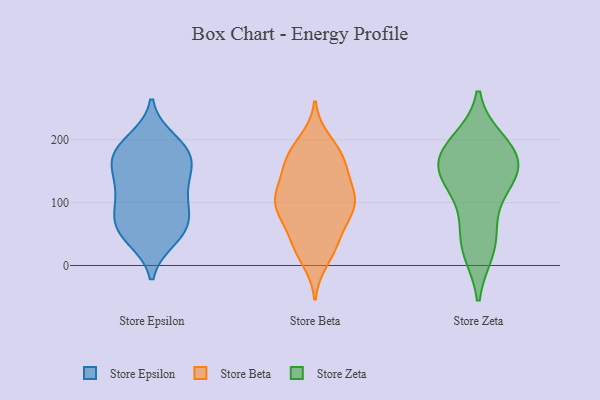
{"axis": {"x": "Budget (USD K)", "y": "Value"}, "legend": ["Store Beta", "Store Epsilon", "Store Zeta"], "data": [{"x": "", "y": 65, "type": "Store Epsilon"}, {"x": "", "y": 98, "type": "Store Epsilon"}, {"x": "", "y": 59, "type": "Store Epsilon"}, {"x": "", "y": 62, "type": "Store Epsilon"}, {"x": "", "y": 43, "type": "Store Epsilon"}, {"x": "", "y": 199, "type": "Store Epsilon"}, {"x": "", "y": 191, "type": "Store Epsilon"}, {"x": "", "y": 47, "type": "Store Epsilon"}, {"x": "", "y": 90, "type": "Store Epsilon"}, {"x": "", "y": 174, "type": "Store Epsilon"}, {"x": "", "y": 102, "type": "Store Epsilon"}, {"x": "", "y": 178, "type": "Store Epsilon"}, {"x": "", "y": 172, "type": "Store Epsilon"}, {"x": "", "y": 169, "type": "Store Epsilon"}, {"x": "", "y": 142, "type": "Store Epsilon"}, {"x": "", "y": 129, "type": "Store Epsilon"}, {"x": "", "y": 137, "type": "Store Epsilon"}, {"x": "", "y": 107, "type": "Store Beta"}, {"x": "", "y": 32, "type": "Store Beta"}, {"x": "", "y": 85, "type": "Store Beta"}, {"x": "", "y": 164, "type": "Store Beta"}, {"x": "", "y": 32, "type": "Store Beta"}, {"x": "", "y": 33, "type": "Store Beta"}, {"x": "", "y": 159, "type": "Store Beta"}, {"x": "", "y": 106, "type": "Store Beta"}, {"x": "", "y": 197, "type": "Store Beta"}, {"x": "", "y": 105, "type": "Store Beta"}, {"x": "", "y": 68, "type": "Store Beta"}, {"x": "", "y": 116, "type": "Store Beta"}, {"x": "", "y": 133, "type": "Store Beta"}, {"x": "", "y": 171, "type": "Store Beta"}, {"x": "", "y": 10, "type": "Store Beta"}, {"x": "", "y": 89, "type": "Store Beta"}, {"x": "", "y": 184, "type": "Store Beta"}, {"x": "", "y": 166, "type": "Store Beta"}, {"x": "", "y": 107, "type": "Store Beta"}, {"x": "", "y": 82, "type": "Store Beta"}, {"x": "", "y": 156, "type": "Store Zeta"}, {"x": "", "y": 25, "type": "Store Zeta"}, {"x": "", "y": 182, "type": "Store Zeta"}, {"x": "", "y": 196, "type": "Store Zeta"}, {"x": "", "y": 133, "type": "Store Zeta"}, {"x": "", "y": 121, "type": "Store Zeta"}, {"x": "", "y": 187, "type": "Store Zeta"}, {"x": "", "y": 64, "type": "Store Zeta"}, {"x": "", "y": 30, "type": "Store Zeta"}, {"x": "", "y": 150, "type": "Store Zeta"}, {"x": "", "y": 161, "type": "Store Zeta"}]}